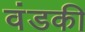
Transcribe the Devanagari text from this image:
वंडकी